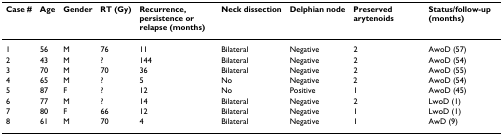
<table><thead><tr><td><b>Case #</b></td><td><b>Age</b></td><td><b>Gender</b></td><td><b>RT (Gy)</b></td><td><b>Recurrence, persistence or relapse (months)</b></td><td><b>Neck dissection</b></td><td><b>Delphian node</b></td><td><b>Preserved arytenoids</b></td><td><b>Status/follow-up (months)</b></td></tr></thead><tbody><tr><td>1</td><td>56</td><td>M</td><td>76</td><td>11</td><td>Bilateral</td><td>Negative</td><td>2</td><td>AwoD (57)</td></tr><tr><td>2</td><td>43</td><td>M</td><td>?</td><td>144</td><td>Bilateral</td><td>Negative</td><td>2</td><td>AwoD (54)</td></tr><tr><td>3</td><td>70</td><td>M</td><td>70</td><td>36</td><td>Bilateral</td><td>Negative</td><td>2</td><td>AwoD (55)</td></tr><tr><td>4</td><td>65</td><td>M</td><td>?</td><td>5</td><td>No</td><td>Negative</td><td>2</td><td>AwoD (54)</td></tr><tr><td>5</td><td>87</td><td>F</td><td>?</td><td>12</td><td>No</td><td>Positive</td><td>1</td><td>AwoD (45)</td></tr><tr><td>6</td><td>77</td><td>M</td><td>?</td><td>14</td><td>Bilateral</td><td>Negative</td><td>2</td><td>LwoD (1)</td></tr><tr><td>7</td><td>80</td><td>F</td><td>66</td><td>12</td><td>Bilateral</td><td>Negative</td><td>1</td><td>LwoD (1)</td></tr><tr><td>8</td><td>61</td><td>M</td><td>70</td><td>4</td><td>Bilateral</td><td>Negative</td><td>1</td><td>AwD (9)</td></tr></tbody></table>